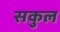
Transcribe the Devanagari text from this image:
सकुल